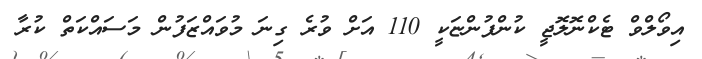
އިވޯލްވް ޓެކްނޮލޮޖީ ކުންފުންޏަކީ 110 އަށް ވުރެ ގިނަ މުވައްޒަފުން މަސައްކަތް ކުރާ